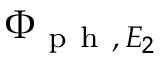
\Phi _ { \mathrm { ~ p ~ h ~ } , \, E _ { 2 } }